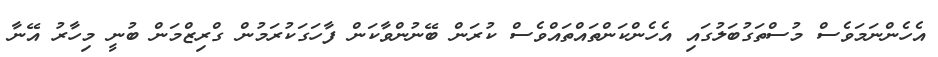
އެހެންނަމަވެސް މުސްތަގުބަލުގައި އެހެންކަންތައްތައްވެސް ކުރަން ބޭނުންވާކަން ފާހަގަކުރަމުން ގްރިޒްމަން ބުނީ މިހާރު އޭނާ